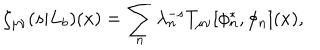
\zeta _ { \mu \nu } ( s | L _ { b } ) ( x ) = \sum _ { n } \lambda _ { n } ^ { - s } T _ { \mu \nu } [ \phi _ { n } ^ { * } , \phi _ { n } ] ( x ) ,